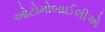
ઓટોમોબાઈલીએ